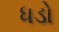
ધડો